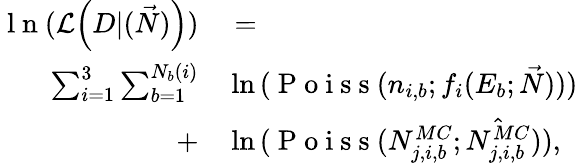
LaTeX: \begin{array}{rl}{\mathrm{~l~n~}(\mathcal{L}\Big(D|(\vec{N})\Big))}&{{}=}\\ {\sum_{i=1}^{3}\sum_{b=1}^{N_{b}(i)}}&{{}\ln{(\mathrm{~P~o~i~s~s~}(n_{i,b};f_{i}(E_{b};\vec{N})))}}\\ {+}&{{}\ln{(\mathrm{~P~o~i~s~s~}(N_{j,i,b}^{MC};\hat{N_{j,i,b}^{MC}}))},}\end{array}